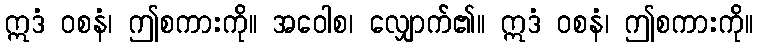
ဣဒံ ဝစနံ၊ ဤစကားကို။ အဝေါစ၊ လျှောက်၏။ ဣဒံ ဝစနံ၊ ဤစကားကို။